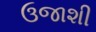
ઉજાશી